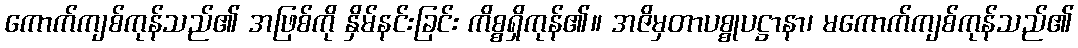
ကောက်ကျစ်ကုန်သည်၏ အဖြစ်ကို နှိမ်နင်းခြင်း ကိစ္စရှိကုန်၏။ အဇိမှတာပစ္စုပဋ္ဌာနာ၊ မကောက်ကျစ်ကုန်သည်၏